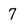
Character: 7